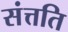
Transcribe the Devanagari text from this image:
संत्तति